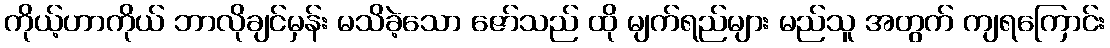
ကိုယ့်ဟာကိုယ် ဘာလိုချင်မှန်း မသိခဲ့သော ဇော်သည် ထို မျက်ရည်များ မည်သူ အတွက် ကျရကြောင်း